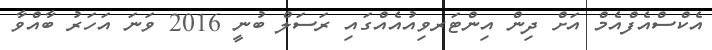
އެކްސްއެފްއެމް އަށް ދިން އިންޓަރވިއުއެއްގައި ރަސަލް ބުނީ 2016 ވަނަ އަހަރު ބާއްވާ